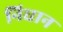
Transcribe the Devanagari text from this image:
निघान